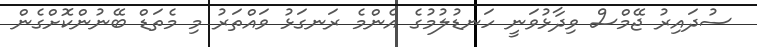
ސުދައިރު ޖޭމްސް ވިދާޅުވަނީ ހަނޑުލުމުގެ އެންމެ ރަނގަޅު ވައްތަރު މި މެތަޑް ބޭނުންކޮށްގެން